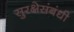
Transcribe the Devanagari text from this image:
सुरक्षेसंबंधी